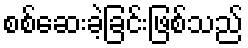
စစ်ဆေးခဲ့ခြင်းဖြစ်သည်